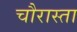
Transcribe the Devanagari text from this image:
चौरास्ता